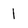
Character: l